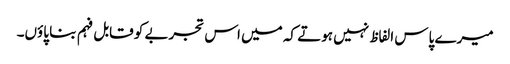
میرے پاس الفاظ نہیں ہوتے کہ میں اس تجربے کو قابل فہم بنا پاؤں۔